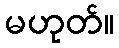
မဟုတ်။